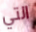
التي